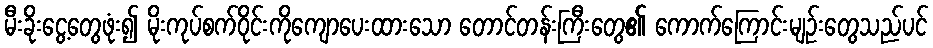
မီးခိုးငွေ့တွေဖုံး၍ မိုးကုပ်စက်ဝိုင်းကိုကျောပေးထားသော တောင်တန်းကြီးတွေ၏ ကောက်ကြောင်းမျဉ်းတွေသည်ပင်